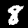
Label: 8